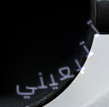
تتبعيني